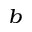
^ b